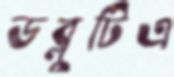
ডব্লুটিএ